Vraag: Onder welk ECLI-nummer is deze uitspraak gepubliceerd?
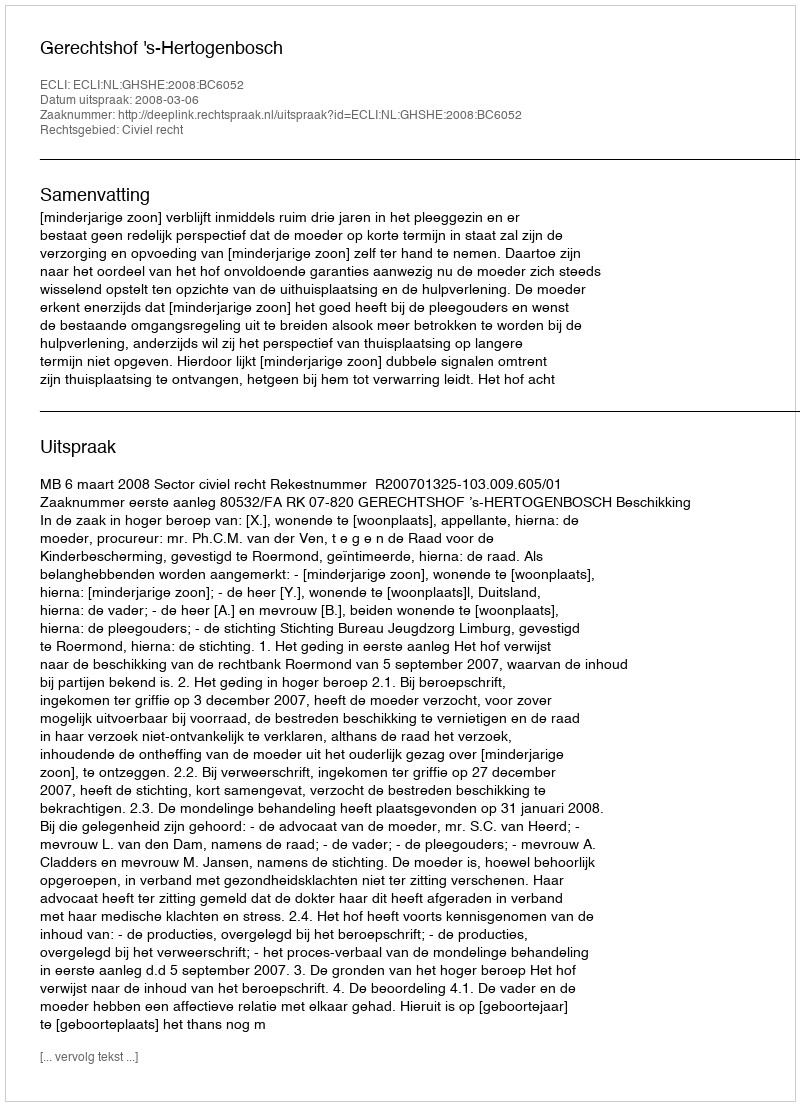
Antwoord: ECLI:NL:GHSHE:2008:BC6052